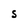
Character: S